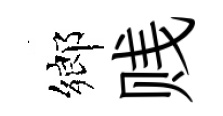
鄉贱